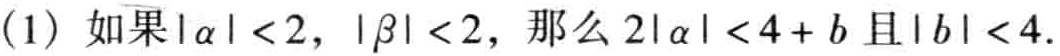
(1) 如果\(|\alpha| < 2\)，\(|\beta| < 2\)，那么\(2|\alpha| < 4 + b\)且\(|b| < 4\).